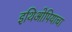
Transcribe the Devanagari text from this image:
इथिओपियाचा